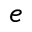
e